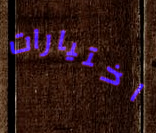
اختيارات